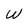
Character: w